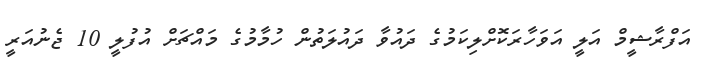
އަފްރާޝީމް އަލީ އަވަހާރަކޮށްލިކަމުގެ ދައުވާ ދައުލަތުން ހުމާމުގެ މައްޗަށް އުފުލީ 10 ޖެނުއަރީ